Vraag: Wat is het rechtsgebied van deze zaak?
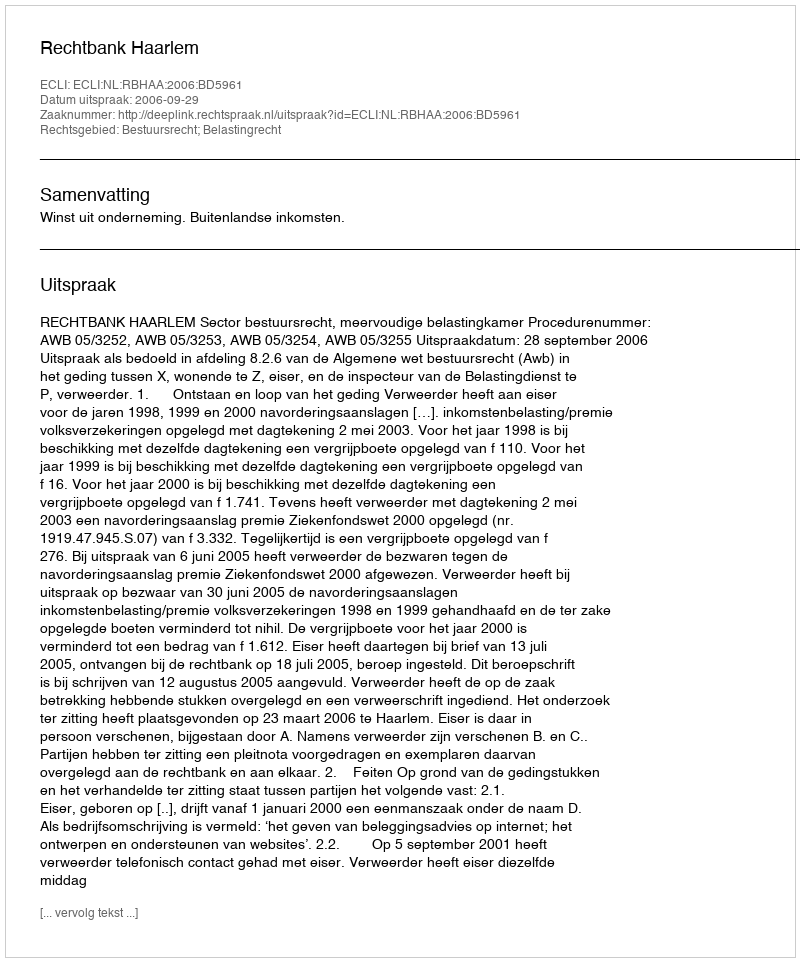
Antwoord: Bestuursrecht; Belastingrecht